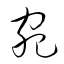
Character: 宛